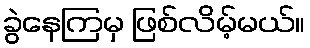
ခွဲနေကြမှ ဖြစ်လိမ့်မယ်။